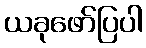
ယခုဖော်ပြပါ